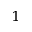
_ 1